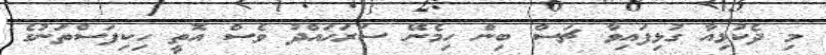
މި ދެކުޅިއާ ގުޅިފައިވާ ޗަސް ބިން ހިމެނޭ ސަރަހައްދު ވެސް އޮތީ ހިކިފަސްތަނުގެ